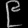
Digit: ၉